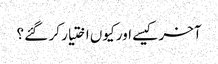
آخر کیسے اور کیوں اختیار کر گئے ؟